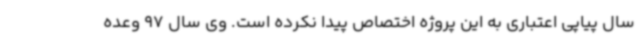
سال پیاپی اعتباری به این پروژه اختصاص پیدا نکرده است. وی سال 97 وعده